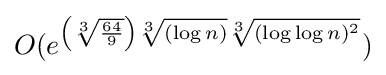
O(e^{\left({\sqrt[{3}]{\frac {64}{9}}}\right){\sqrt[{3}]{(\log n)}}{\sqrt[{3}]{(\log \log n)^{2}}}})